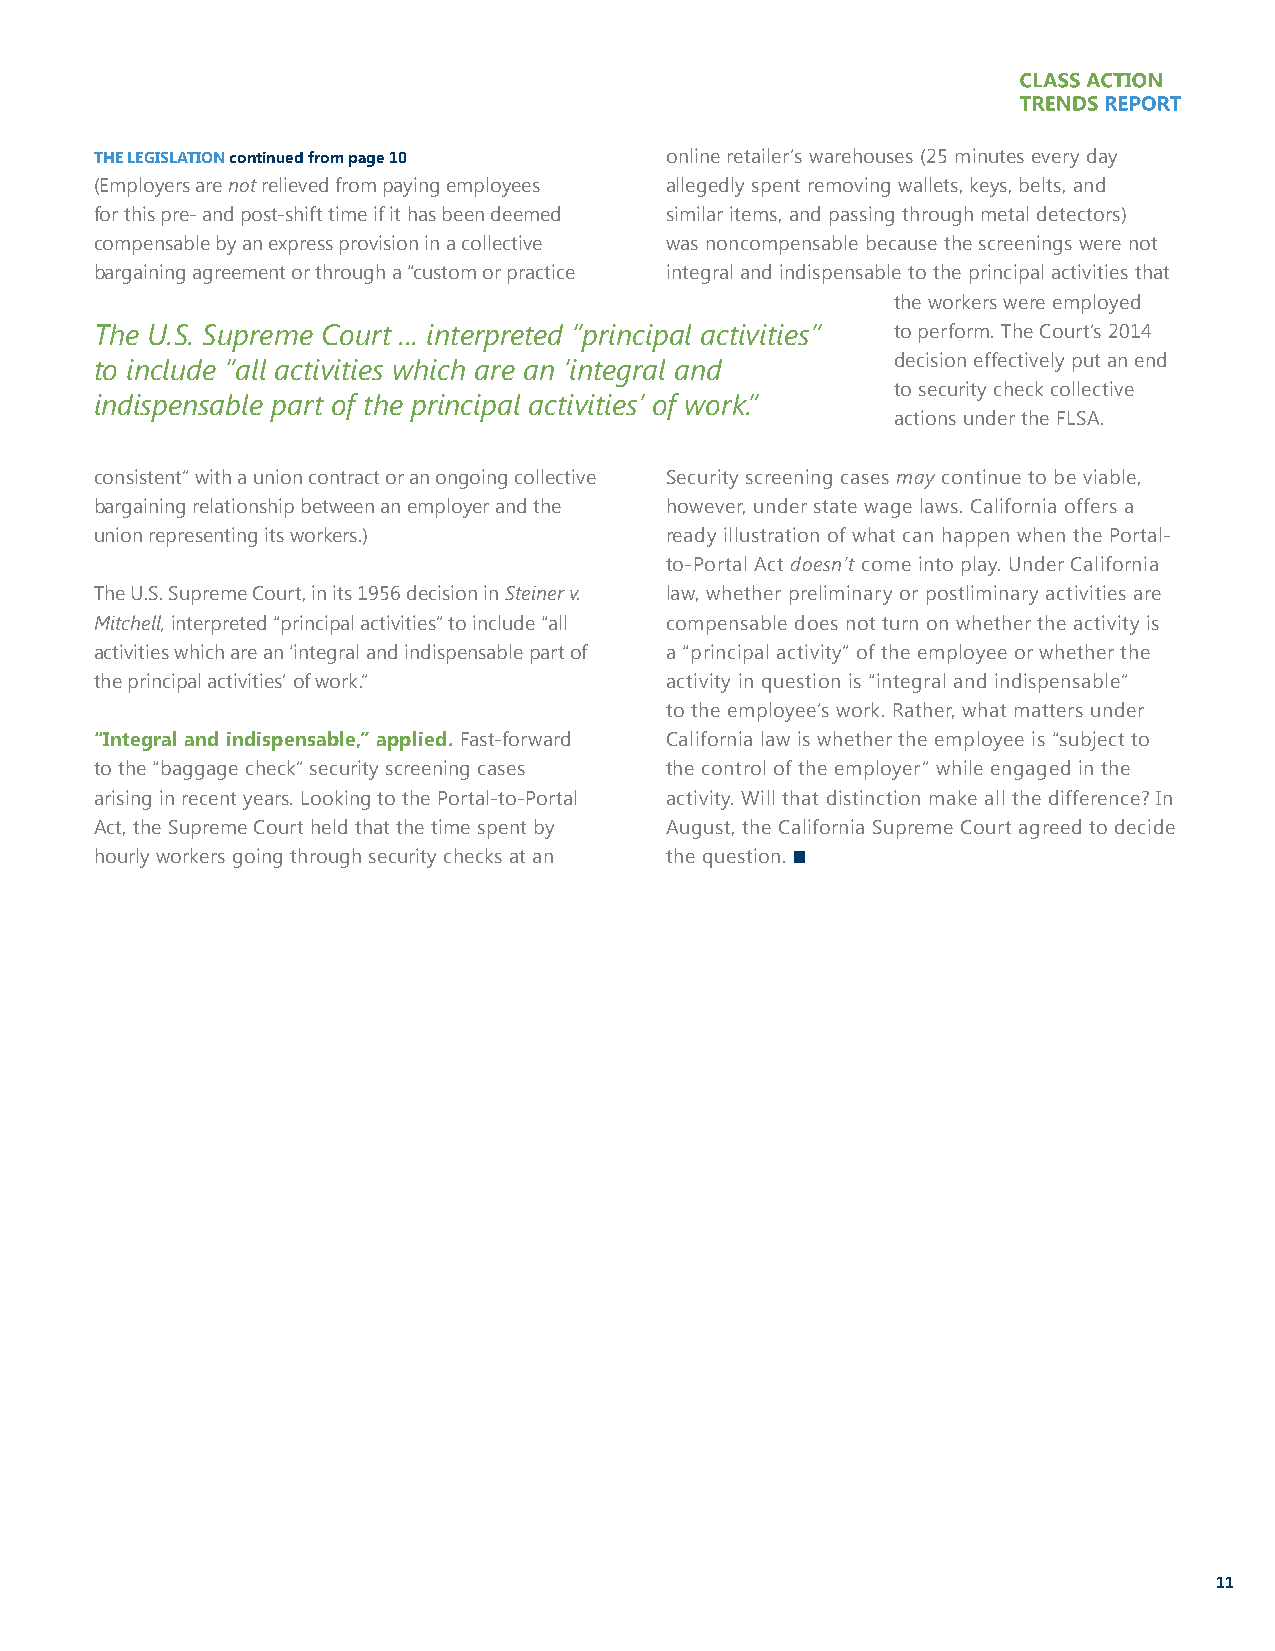
THE LEGISLATION continued from page 10 online retailer’s warehouses (25 minutes every day
 (Employers are not relieved from paying employees allegedly spent removing wallets, keys, belts, and
 for this pre- and post-shift time if it has been deemed similar items, and passing through metal detectors)
 compensable by an express provision in a collective was noncompensable because the screenings were not
 bargaining agreement or through a “custom or practice integral and indispensable to the principal activities that
 the workers were employed
 The U.S. Supreme Court ... interpreted “principal activities” to perform. The Court’s 2014
 to include “all activities which are an ‘integral and decision effectively put an end
 to security check collective
 indispensable part of the principal activities’ of work.”
 actions under the FLSA.
 consistent” with a union contract or an ongoing collective Security screening cases may continue to be viable,
 bargaining relationship between an employer and the however, under state wage laws. California offers a
 union representing its workers.)      ready illustration of what can happen when the Portal-
 to-Portal Act doesn’t come into play. Under California
 The U.S. Supreme Court, in its 1956 decision in Steiner v. law, whether preliminary or postliminary activities are
 Mitchell, interpreted “principal activities” to include “all compensable does not turn on whether the activity is
 activities which are an ‘integral and indispensable part of a “principal activity” of the employee or whether the
 the principal activities’ of work.”   activity in question is “integral and indispensable”
 to the employee’s work. Rather, what matters under
 “Integral and indispensable,” applied. Fast-forward California law is whether the employee is “subject to
 to the “baggage check” security screening cases the control of the employer” while engaged in the
 arising in recent years. Looking to the Portal-to-Portal activity. Will that distinction make all the difference? In
 Act, the Supreme Court held that the time spent by August, the California Supreme Court agreed to decide
 hourly workers going through security checks at an the question. n
 11